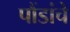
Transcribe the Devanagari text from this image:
पौंडांचे